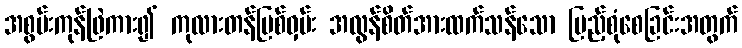
အစွမ်းကုန်ဖြဲကား၍ ကုလားတန်မြစ်ဝှမ်း အလွန်စိတ်အားထက်သန်သော ပြည့်စုံစေခြင်းအတွက်